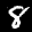
Label: 8